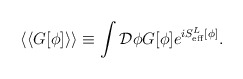
\begin{align*}\langle\langle G[\phi]\rangle\rangle\equiv\int{\cal D} \phi G[\phi]e^{iS^L_{\rm eff}[\phi]}.\end{align*}